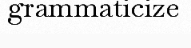
grammaticize